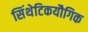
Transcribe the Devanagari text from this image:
सिंथेटिकयौगिक